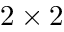
2 \times 2